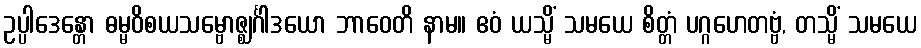
ဥပ္ပါဒေန္တော ဓမ္မဝိစယသမ္ဗောဇ္ဈင်္ဂါဒယော ဘာဝေတိ နာမ။ ဧဝံ ယသ္မိံ သမယေ စိတ္တံ ပဂ္ဂဟေတဗ္ဗံ, တသ္မိံ သမယေ